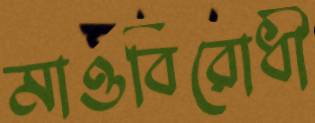
মাওবিরোধী